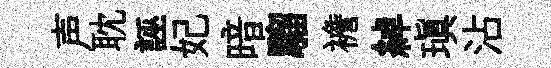
声耽誣妃暗騮襜綽瑱沾